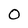
Character: O